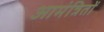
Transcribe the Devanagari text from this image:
आमंत्रितों